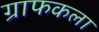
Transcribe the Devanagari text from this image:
ग्राफकला